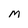
Character: M